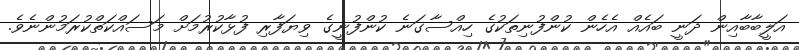
އަލީބާބާއިން ދަނީ ބައެއް އެހެން ކުންފުނިތަކުގެ ހިއްސާގަނެ ކުންފުނީގެ ވިޔަފާރި ފުޅާކުރުމަށް މަސައްކަތްކުރަމުންނެވެ.